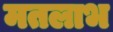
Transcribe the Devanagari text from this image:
मतलाभ